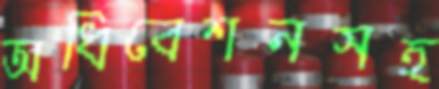
অধিবেশনসহ